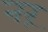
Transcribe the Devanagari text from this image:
नरं